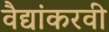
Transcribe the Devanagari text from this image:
वैद्यांकरवी